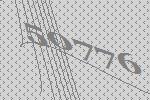
50776